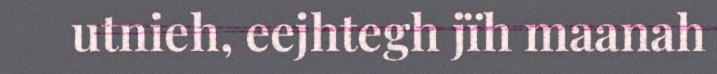
utnieh, eejhtegh jïh maanah